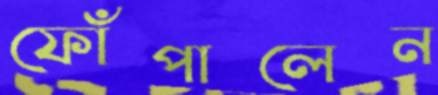
ফোঁপালেন